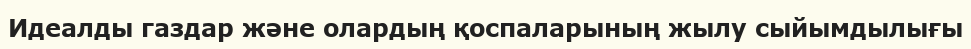
Идеалды газдар және олардың қоспаларының жылу сыйымдылығы